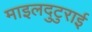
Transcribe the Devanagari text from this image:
माइलदुटुराई